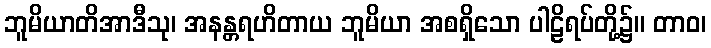
ဘူမိယာတိအာဒီသု၊ အနန္တရဟိတာယ ဘူမိယာ အစရှိသော ပါဠိရပ်တို့၌။ တာဝ၊